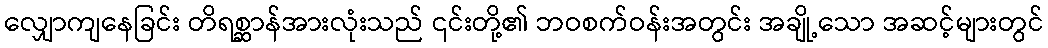
လျှောကျနေခြင်း တိရစ္ဆာန်အားလုံးသည် ၎င်းတို့၏ ဘဝစက်ဝန်းအတွင်း အချို့သော အဆင့်များတွင်